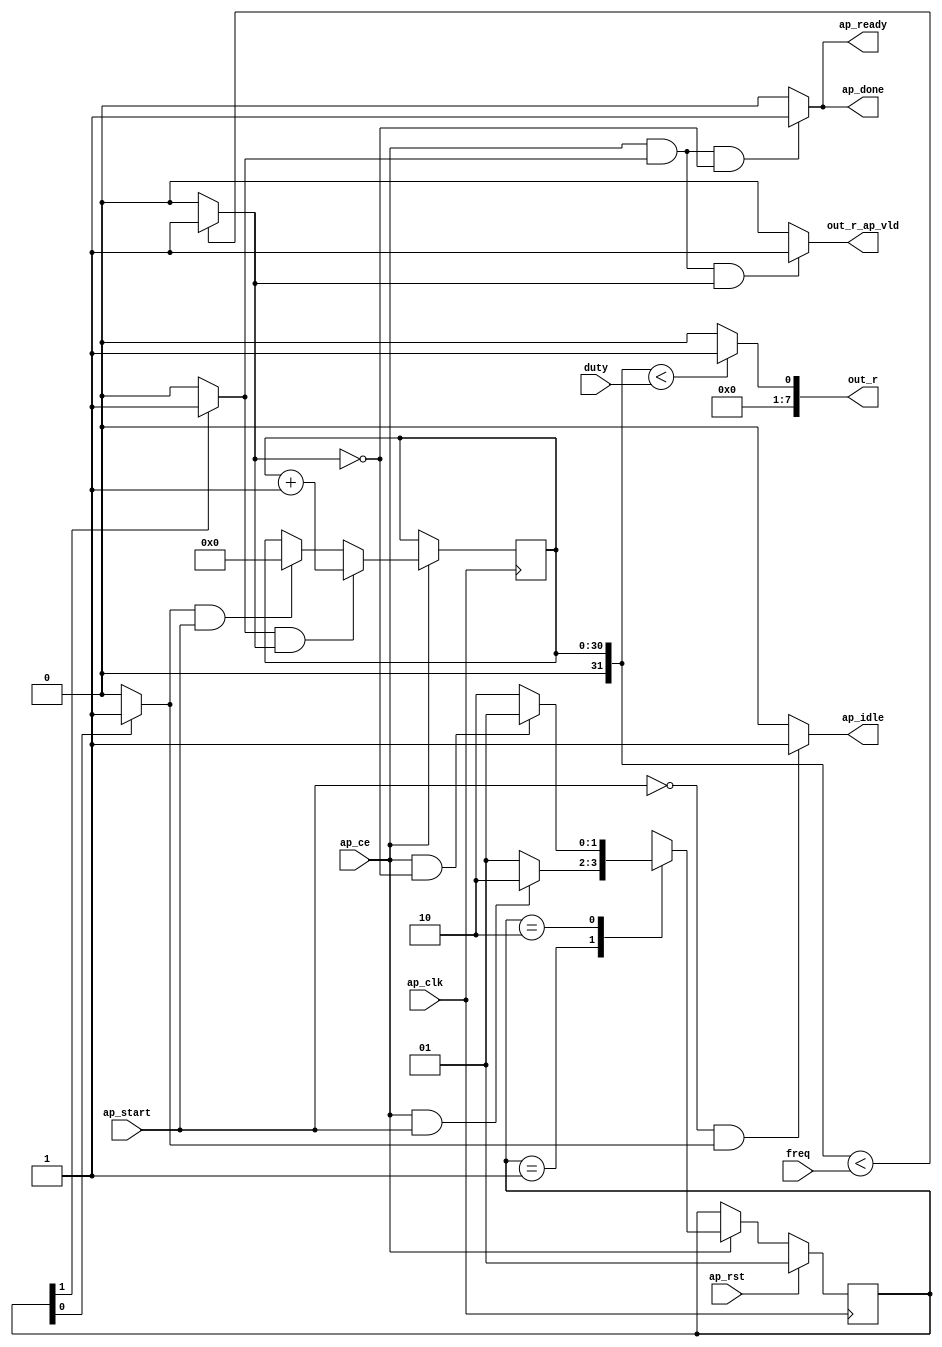
// ==============================================================
// RTL generated by Vivado(TM) HLS - High-Level Synthesis from C, C++ and SystemC
// Version: 2014.4
// Copyright (C) 2014 Xilinx Inc. All rights reserved.
// 
// ===========================================================

//`timescale 1 ns / 1 ps 

(* CORE_GENERATION_INFO="gen_pwm,hls_ip_2014_4,{HLS_INPUT_TYPE=c,HLS_INPUT_FLOAT=0,HLS_INPUT_FIXED=0,HLS_INPUT_PART=xc7z010clg400-1,HLS_INPUT_CLOCK=20.000000,HLS_INPUT_ARCH=others,HLS_SYN_CLOCK=2.518000,HLS_SYN_LAT=-1,HLS_SYN_TPT=none,HLS_SYN_MEM=0,HLS_SYN_DSP=0,HLS_SYN_FF=33,HLS_SYN_LUT=145}" *)

module gen_pwm (
        ap_clk,
        ap_rst,
        ap_start,
        ap_done,
        ap_idle,
        ap_ready,
        duty,
        freq,
        out_r,
        out_r_ap_vld,
        ap_ce
);

parameter    ap_const_logic_1 = 1'b1;
parameter    ap_const_logic_0 = 1'b0;
parameter    ap_ST_st1_fsm_0 = 2'b1;
parameter    ap_ST_st2_fsm_1 = 2'b10;
parameter    ap_const_lv32_0 = 32'b00000000000000000000000000000000;
parameter    ap_const_lv1_1 = 1'b1;
parameter    ap_const_lv32_1 = 32'b1;
parameter    ap_const_lv31_0 = 31'b0000000000000000000000000000000;
parameter    ap_const_lv1_0 = 1'b0;
parameter    ap_const_lv31_1 = 31'b1;
parameter    ap_true = 1'b1;

input   ap_clk;
input   ap_rst;
input   ap_start;
output   ap_done;
output   ap_idle;
output   ap_ready;
input  [31:0] duty;
input  [31:0] freq;
output  [7:0] out_r;
output   out_r_ap_vld;
input   ap_ce;

reg ap_done;
reg ap_idle;
reg ap_ready;
reg out_r_ap_vld;
(* fsm_encoding = "none" *) reg   [1:0] ap_CS_fsm = 2'b1;
reg    ap_sig_cseq_ST_st1_fsm_0;
reg    ap_sig_bdd_18;
wire   [30:0] i_1_fu_60_p2;
reg    ap_sig_cseq_ST_st2_fsm_1;
reg    ap_sig_bdd_47;
reg   [30:0] i_reg_39;
wire   [0:0] tmp_fu_55_p2;
wire   [31:0] i_cast_fu_51_p1;
wire   [0:0] tmp_1_fu_66_p2;
reg   [1:0] ap_NS_fsm;
reg    ap_sig_bdd_36;
reg    ap_sig_bdd_91;




/// the current state (ap_CS_fsm) of the state machine. ///
always @ (posedge ap_clk)
begin : ap_ret_ap_CS_fsm
    if (ap_rst == 1'b1) begin
        ap_CS_fsm <= ap_ST_st1_fsm_0;
    end else begin
        if ((ap_const_logic_1 == ap_ce)) begin
            ap_CS_fsm <= ap_NS_fsm;
        end
    end
end

/// assign process. ///
always @(posedge ap_clk)
begin
    if ((ap_const_logic_1 == ap_ce)) begin
        if (ap_sig_bdd_91) begin
            i_reg_39 <= i_1_fu_60_p2;
        end else if (ap_sig_bdd_36) begin
            i_reg_39 <= ap_const_lv31_0;
        end
    end
end

/// ap_done assign process. ///
always @ (ap_ce or ap_sig_cseq_ST_st2_fsm_1 or tmp_fu_55_p2)
begin
    if (((ap_const_logic_1 == ap_ce) & (ap_const_logic_1 == ap_sig_cseq_ST_st2_fsm_1) & (tmp_fu_55_p2 == ap_const_lv1_0))) begin
        ap_done = ap_const_logic_1;
    end else begin
        ap_done = ap_const_logic_0;
    end
end

/// ap_idle assign process. ///
always @ (ap_start or ap_sig_cseq_ST_st1_fsm_0)
begin
    if ((~(ap_const_logic_1 == ap_start) & (ap_const_logic_1 == ap_sig_cseq_ST_st1_fsm_0))) begin
        ap_idle = ap_const_logic_1;
    end else begin
        ap_idle = ap_const_logic_0;
    end
end

/// ap_ready assign process. ///
always @ (ap_ce or ap_sig_cseq_ST_st2_fsm_1 or tmp_fu_55_p2)
begin
    if (((ap_const_logic_1 == ap_ce) & (ap_const_logic_1 == ap_sig_cseq_ST_st2_fsm_1) & (tmp_fu_55_p2 == ap_const_lv1_0))) begin
        ap_ready = ap_const_logic_1;
    end else begin
        ap_ready = ap_const_logic_0;
    end
end

/// ap_sig_cseq_ST_st1_fsm_0 assign process. ///
always @ (ap_sig_bdd_18)
begin
    if (ap_sig_bdd_18) begin
        ap_sig_cseq_ST_st1_fsm_0 = ap_const_logic_1;
    end else begin
        ap_sig_cseq_ST_st1_fsm_0 = ap_const_logic_0;
    end
end

/// ap_sig_cseq_ST_st2_fsm_1 assign process. ///
always @ (ap_sig_bdd_47)
begin
    if (ap_sig_bdd_47) begin
        ap_sig_cseq_ST_st2_fsm_1 = ap_const_logic_1;
    end else begin
        ap_sig_cseq_ST_st2_fsm_1 = ap_const_logic_0;
    end
end

/// out_r_ap_vld assign process. ///
always @ (ap_ce or ap_sig_cseq_ST_st2_fsm_1 or tmp_fu_55_p2)
begin
    if (((ap_const_logic_1 == ap_ce) & (ap_const_logic_1 == ap_sig_cseq_ST_st2_fsm_1) & ~(tmp_fu_55_p2 == ap_const_lv1_0))) begin
        out_r_ap_vld = ap_const_logic_1;
    end else begin
        out_r_ap_vld = ap_const_logic_0;
    end
end
/// the next state (ap_NS_fsm) of the state machine. ///
always @ (ap_start or ap_CS_fsm or ap_ce or tmp_fu_55_p2)
begin
    case (ap_CS_fsm)
        ap_ST_st1_fsm_0 : 
        begin
            if (((ap_const_logic_1 == ap_ce) & ~(ap_start == ap_const_logic_0))) begin
                ap_NS_fsm = ap_ST_st2_fsm_1;
            end else begin
                ap_NS_fsm = ap_ST_st1_fsm_0;
            end
        end
        ap_ST_st2_fsm_1 : 
        begin
            if (((ap_const_logic_1 == ap_ce) & (tmp_fu_55_p2 == ap_const_lv1_0))) begin
                ap_NS_fsm = ap_ST_st1_fsm_0;
            end else begin
                ap_NS_fsm = ap_ST_st2_fsm_1;
            end
        end
        default : 
        begin
            ap_NS_fsm = 'bx;
        end
    endcase
end


/// ap_sig_bdd_18 assign process. ///
always @ (ap_CS_fsm)
begin
    ap_sig_bdd_18 = (ap_CS_fsm[ap_const_lv32_0] == ap_const_lv1_1);
end

/// ap_sig_bdd_36 assign process. ///
always @ (ap_start or ap_sig_cseq_ST_st1_fsm_0)
begin
    ap_sig_bdd_36 = ((ap_const_logic_1 == ap_sig_cseq_ST_st1_fsm_0) & ~(ap_start == ap_const_logic_0));
end

/// ap_sig_bdd_47 assign process. ///
always @ (ap_CS_fsm)
begin
    ap_sig_bdd_47 = (ap_const_lv1_1 == ap_CS_fsm[ap_const_lv32_1]);
end

/// ap_sig_bdd_91 assign process. ///
always @ (ap_sig_cseq_ST_st2_fsm_1 or tmp_fu_55_p2)
begin
    ap_sig_bdd_91 = ((ap_const_logic_1 == ap_sig_cseq_ST_st2_fsm_1) & ~(tmp_fu_55_p2 == ap_const_lv1_0));
end
assign i_1_fu_60_p2 = (i_reg_39 + ap_const_lv31_1);
assign i_cast_fu_51_p1 = i_reg_39;
assign out_r = tmp_1_fu_66_p2;
assign tmp_1_fu_66_p2 = ($signed(i_cast_fu_51_p1) < $signed(duty)? 1'b1: 1'b0);
assign tmp_fu_55_p2 = ($signed(i_cast_fu_51_p1) < $signed(freq)? 1'b1: 1'b0);


endmodule //gen_pwm